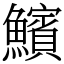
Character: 𩼧